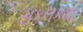
સકલકથા